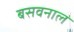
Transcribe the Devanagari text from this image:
बसवनाल